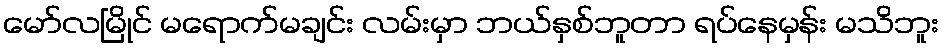
မော်လမြိုင် မရောက်မချင်း လမ်းမှာ ဘယ်နှစ်ဘူတာ ရပ်နေမှန်း မသိဘူး